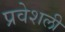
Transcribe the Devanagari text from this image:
प्रवेशली